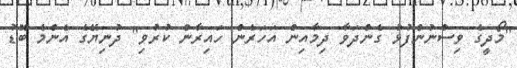
"މޯދީގެ ވިސްނުންފުޅު ގެންދަވާ ދިމާއިން އަހަރެން ހައިރާން ކުރުވި" ދުނިޔޭގެ އެންމެ ބޮޑު